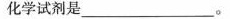
化学试剂是_____。